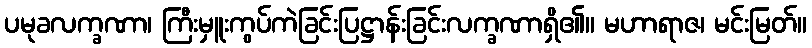
ပမုခလက္ခဏာ၊ ကြီးမှူးကွပ်ကဲခြင်းပြဋ္ဌာန်းခြင်းလက္ခဏာရှိ၏။ မဟာရာဇ၊ မင်းမြတ်။